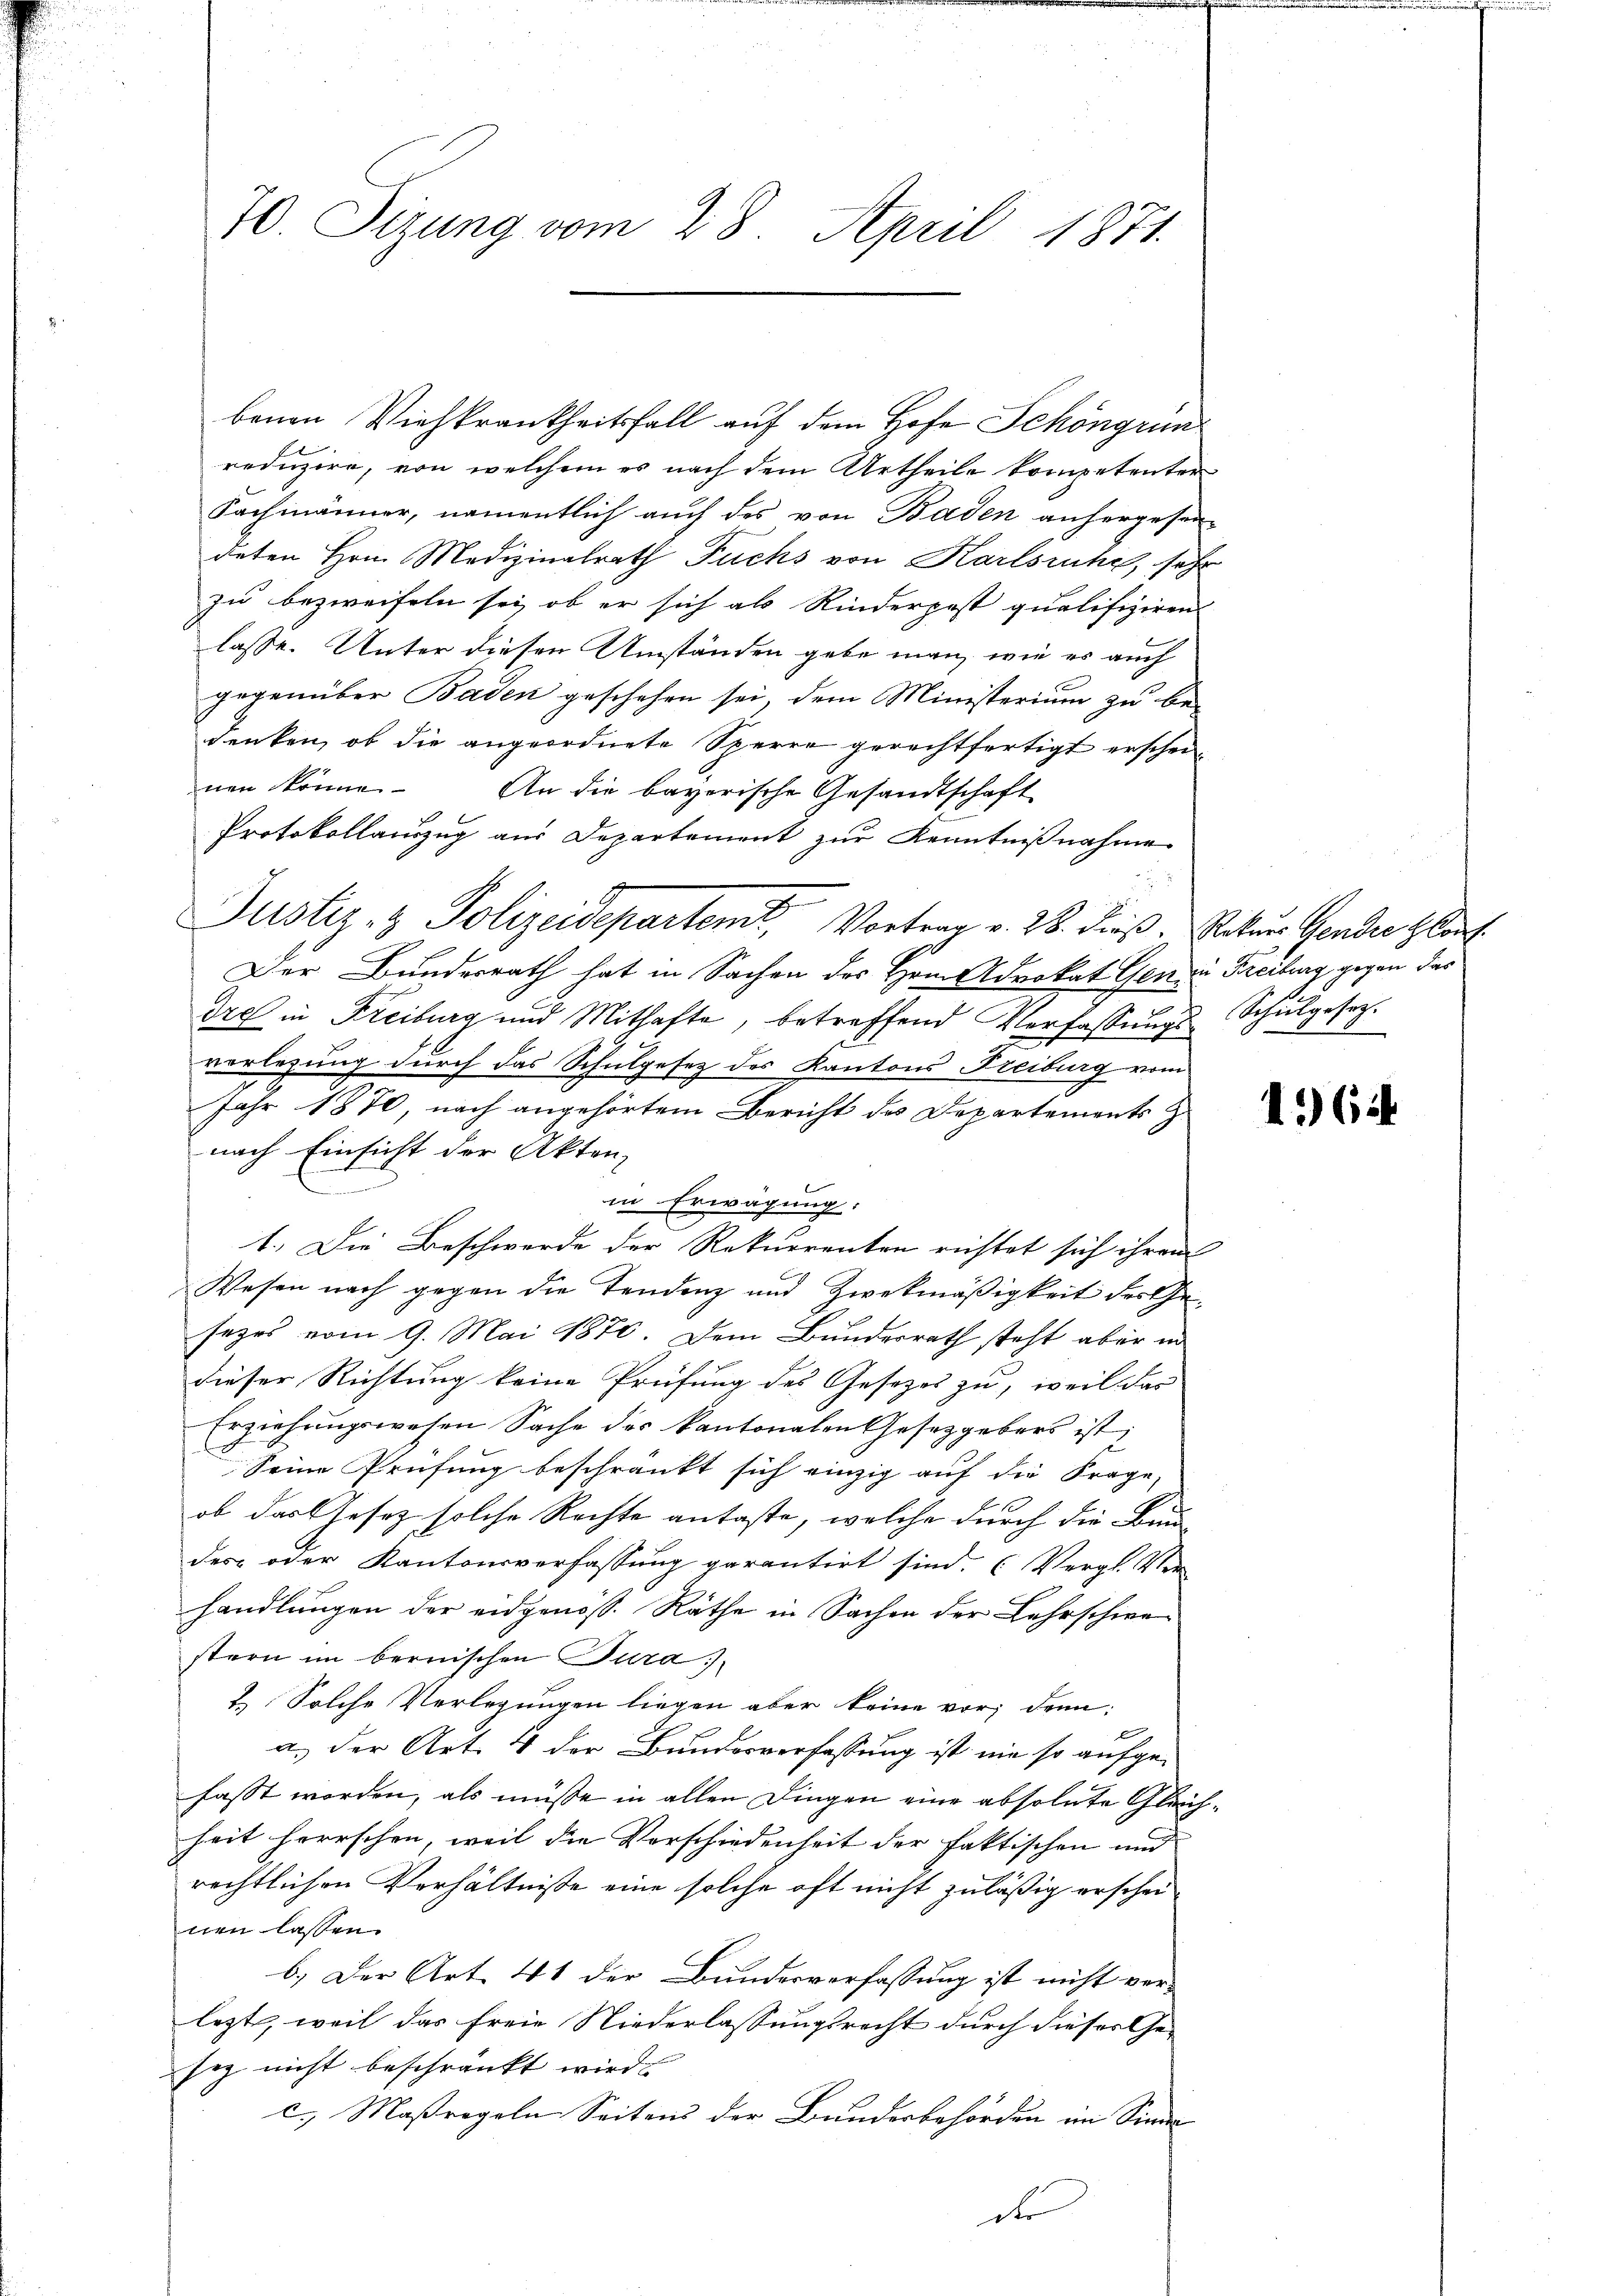
70. Sizung vom 28. April 1871.

benen Viehkrankheitsfall auf dem Hofe Schöngrünreduzire, von welchem es nach dem Urtheile kompetenter
Fachmänner, namentlich auch des von Baden anhergesen
deten Hrn. Medizinalrath Fuchs von Karlsruhe, sehr
zu bezweifeln sei, ob er sich als Rinderpost qualifiziren
lasse. Unter diesen Umständen gebe man, wie es auch
gegenüber Baden geschehen sei, dem Ministerium zu be-
denken, ob die angeordnete Sperre gerechtfertigt erscheinen könne
An die bayerische Gesandtschaft
Protokollauszug aus Departement zur Kenntnißnahme
Der Bundesrath hat in Sachen des Hrnn Advokat Genau Freiburg gegen das
dre in Freiburg und Mithafte, betreffend Verfassungs- Schulgesetz.
verlegung durch das Schulgesetz des Kantons Freiburg vom
Jahr 1870, nach angehörtem Bericht des Departements z
nach Einsicht der Akten,
in Erwägung:
1. Die Beschwerde der Rekurrenten richtet sich ihrem
Wesen nach gegen die Tendenz und Zweckmäßigkeit des Gesezes vom 9. Mai 1870. Dem Bundesrath steht aber in
dieser Richtung keine Prüfung des Gesetzes zu, weil das
Erziehungswesen Sache der kantonalen Gesetzgebers ist,
Seine Prüfung beschränkt sich einzig auf die Frage,
ob das Gesetz solche Rechte anfaßte, welche durch die Bun
des oder Kantonsverfassung garantirt sind. (Vergl. Ver-
handlungen der eidgenöss. Räthe in Sachen der Lehrschwestern im bernischen Tura
& Solche Verlegungen liegen aber keine vor, denn
a.) der Art. 4 der Bundesverfassung ist nie so aufge-
fasst worden, als müsse in allen Dingen eine absolute Gleichheit herrschen, weil die Vorschiedenheit der faktischen und |
rechtlichen Verhältnisse eine solche oft nicht zuläßig erscheinen lassen.
b.) Der Art. 41 der Bundesverfassung ist nicht ver-
lezt, weil das freie Niederlassungsrecht durch dieser Ge-
sez nicht beschränkt wird.
c. Maßregeln Seitens der Bundesbehörden im Sind
de

Justiz- & Polizeidepartemt, Vortrag v. 28. dieß. Peter Gendes Glauf

1644